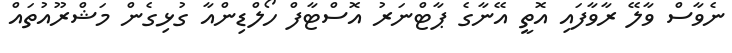
ނެވާސް ވާލޭ ރާވާފައި އޮތީ އޭނާގެ ޕާޓްނަރު އޮސްޓާފް ހޯލްޑިންއާ ގުޅިގެން މަޝްރޫއުތައް